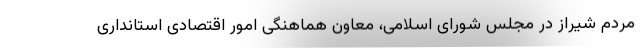
مردم شیراز در مجلس شورای اسلامی، معاون هماهنگی امور اقتصادی استانداری